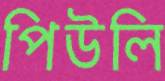
পিউলি